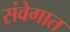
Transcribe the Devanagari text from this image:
संवेगात